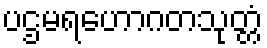
ပဌမရဟောဂတသုတ္တံ